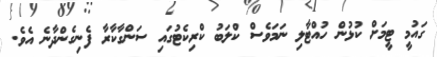
ގައުމީ ޓީމަށް ކުޅުން ހުއްޓާލި ނަމަވެސް ކްލަބު ކްރިކެޓުގައި ސަންގާކާރާ ފެނިގެންދާނެ އެވެ.